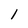
Character: l